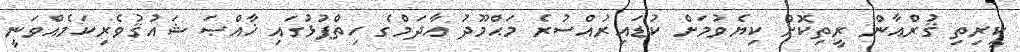
ކީރިތި ޤުރްއާން ރީތިކޮށް ކިޔެވުމަށް ކުޑައިރުއްސުރެ މަޙްމޫދު އާދަމްގެ ހިތްޕުޅުގައި ޚާއްޞަ ޝައުޤުވެރިކަމެއްވަނީ